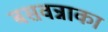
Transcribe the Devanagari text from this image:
बसवन्नाका